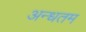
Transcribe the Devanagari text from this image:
अन्धतम